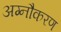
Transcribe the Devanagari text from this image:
अग्नौकरण